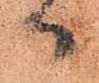
日